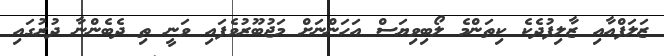
ޒަލަފްއާއި ޒާލިފުދެކެ ކިތަންމެ ލޯބިވިޔަސް އަހަންނަށް މަޖުބޫރުވެފައި ވަނީ ތި ދެބެންނާ ދުރުގައި